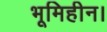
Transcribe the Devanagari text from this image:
भूमिहीन।